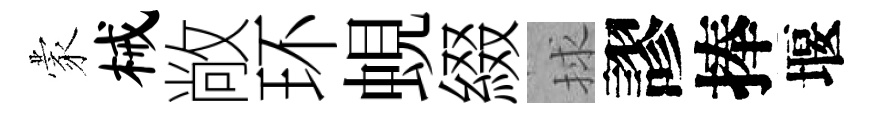
蒙械敞环蜆綴捄謬捧堰